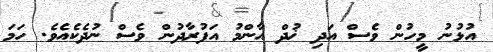
އުޅުނު މީހުން ވެސް އަދި ޚުދް އާންމު އަފުރާދުން ވެސް ނުދެކެއެވެ. ހަމަ